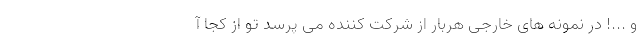
و ...! در نمونه های خارجی هربار از شرکت کننده می پرسد تو از کجا آ